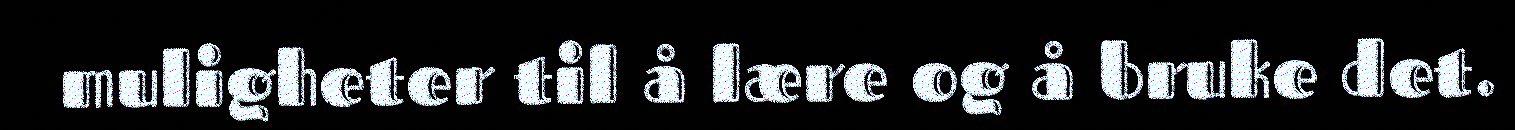
muligheter til å lære og å bruke det.